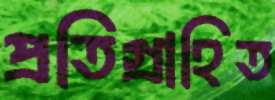
প্রতিগ্রাহিত